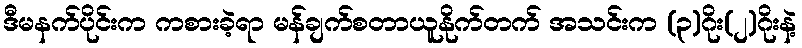
ဒီမနက်ပိုင်းက ကစားခဲ့ရာ မန်ချက်စတာယူနိုက်တက် အသင်းက (၃)ဂိုး(၂)ဂိုးနဲ့